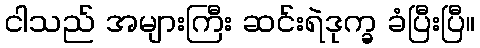
ငါသည် အများကြီး ဆင်းရဲဒုက္ခ ခံပြီးပြီ။